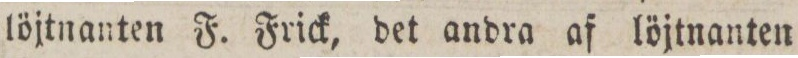
löjtnanten F. Frick, det andra af löjtnanten